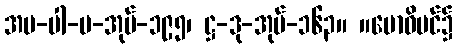
အပ-ပါ-ပ-အုပ်-၁၉၅၊ ဋ္ဌ-ဒု-အုပ်-၁၆၃။ ။ဗောဓိပင်၌